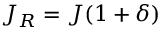
J _ { R } = J ( 1 + \delta )